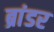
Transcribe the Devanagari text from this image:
ब्रांडर